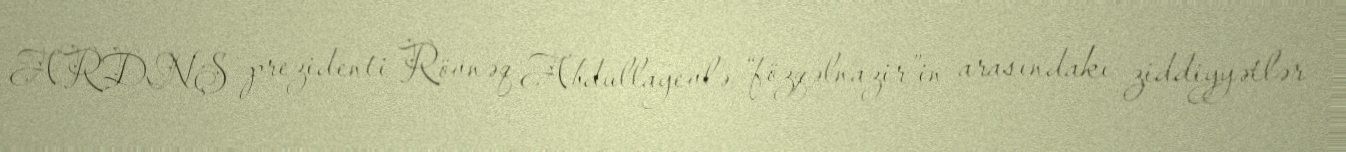
ARDNŞ prezidenti Rövnəq Abdullayevlə “fözqəlnazir”in arasındakı ziddiyyətlər